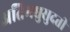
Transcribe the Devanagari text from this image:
अतिमधुसुदती